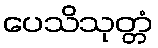
ပေသိသုတ္တံ